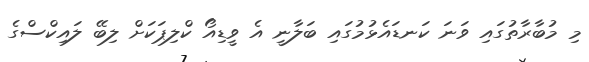
މި މުބާރާތުގައި ވަނަ ކަނޑައެޅުމުގައި ބަލާނީ އެ ވީޑިއޯ ކްލިޕަކަށް ލިބޭ ލައިކްސްގެ